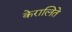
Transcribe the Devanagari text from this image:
केरालिते